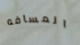
المسافه